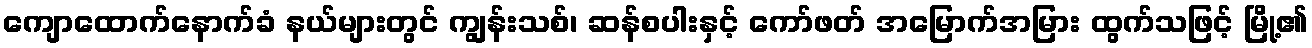
ကျောထောက်နောက်ခံ နယ်များတွင် ကျွန်းသစ်၊ ဆန်စပါးနှင့် ကော်ဖတ် အမြောက်အမြား ထွက်သဖြင့် မြို့၏